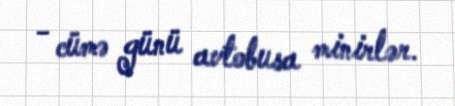
- cümə günü avtobusa minirlər.